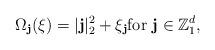
LaTeX: \begin{align*}\Omega_{\textbf{j}}(\xi)= |\textbf{j}|_2^2+\xi_{\textbf{j}}\mbox{for} \ \textbf{j}\in\mathbb{Z}_1^{d},\end{align*}